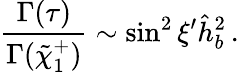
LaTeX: \frac{\Gamma(\tau)}{\Gamma(\tilde{\chi}_{1}^{+})}\sim\sin^{2}\xi^{\prime}\hat{h}_{b}^{2}\, .